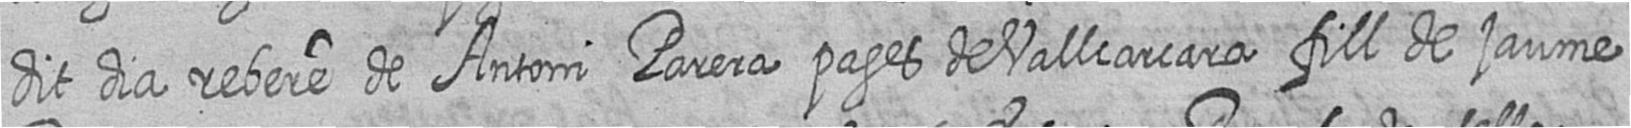
dit dia rebere de Antoni Parera pages de Vallcarcara fill de jaume